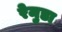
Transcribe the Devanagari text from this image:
रेमुडा